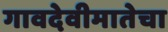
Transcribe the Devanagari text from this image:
गावदेवीमातेचा